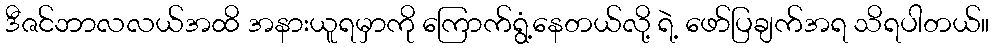
ဒီဇင်ဘာလလယ်အထိ အနားယူရမှာကို ကြောက်ရွံ့နေတယ်လို့ ရဲ့ ဖော်ပြချက်အရ သိရပါတယ်။